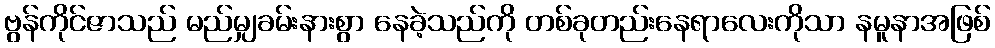
ဗွန်ကိုင်ဇာသည် မည်မျှခမ်းနားစွာ နေခဲ့သည်ကို တစ်ခုတည်းနေရာလေးကိုသာ နမူနာအဖြစ်